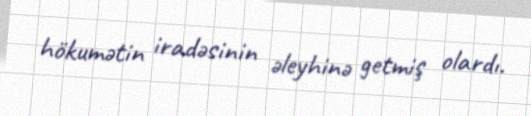
hökumətin iradəsinin əleyhinə getmiş olardı.